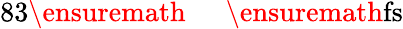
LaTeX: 83\ensuremath{\mathrm{~\textrm~{~\, ~}~}}\ensuremath{\mathrm{fs}}